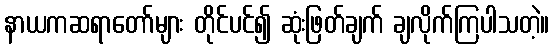
နာယကဆရာတော်များ တိုင်ပင်၍ ဆုံးဖြတ်ချက် ချလိုက်ကြပါသတဲ့။